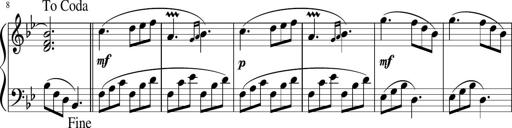
Title: 12 Keyboard Sonatinas
Composer: James Hook